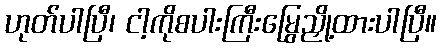
ဟုတ်ပါပြီ၊ ငါ့ကိုစပါးကြီးမြွေညှို့ထားပါပြီ။